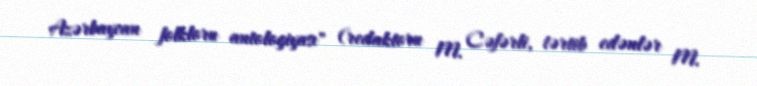
Azərbaycan folkloru antologiyası" (redaktoru M. Cəfərli, tərtib edənlər M.